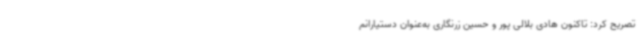
تصریح کرد: تاکنون هادی بلالی پور و حسین زرنگاری به‌عنوان دستیارانم